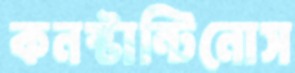
কনস্টান্টিনোস